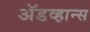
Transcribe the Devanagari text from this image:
अॅडव्हान्स